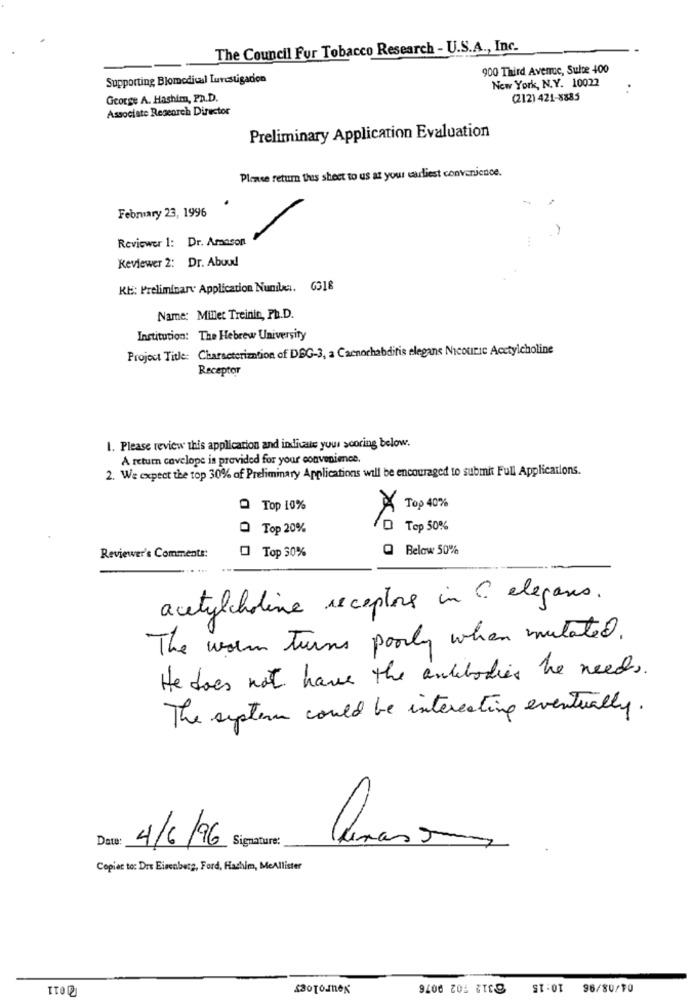
The Council Fur Tobacco Research - U.S.A ., Inc.
900 Third Avenue, Sulte 400
Supporting Blomedical Luvestigacion
New York, N.Y. 10022
:
George A. Hashim, Ph.D.
(212) 421-8885
Associate Research Director
Preliminary Application Evaluation
Please return this sheet to us at your earliest convenience.
February 23, 1996
Reviewer 1: Dr. Amason
Keviewer 2: Dr. Abuud
KE: Preliminary Application Nunibei. 6318
Name: Millet Treinin, Ph.D.
Institution: The Hebrew University
Project Title: Characterization of DBG-3, a Caenorhabditis elegans Nicouric Acetylcholine
Receptor
1. Please review this application and indicate your scoring below.
A return covelope is provided for your convenience.
2. We expect the top 30% of Preliminary Applications will be encouraged to submit Full Applications.
A Top 40%
Q Top 10%
O Top 20%
D Top 50%
Below 50%
Reviewer's Comments:
Top 30%
acetylcholine receptions in C. elegans.
The worm turns poorly when mutated.
He does not have the antibodies he needs,
The system could be interesting eventually.
Date:
4/6/96 Signature:
Copies to: Dre Eisenberg, Ford, Hachim, MeAllister
Neurology
10:15
TTOD
9206 2043118
96/80/10